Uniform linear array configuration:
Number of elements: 64
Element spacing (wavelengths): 1
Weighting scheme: cosine
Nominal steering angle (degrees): -15
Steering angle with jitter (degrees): -14.045
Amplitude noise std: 0.05
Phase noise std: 0.05

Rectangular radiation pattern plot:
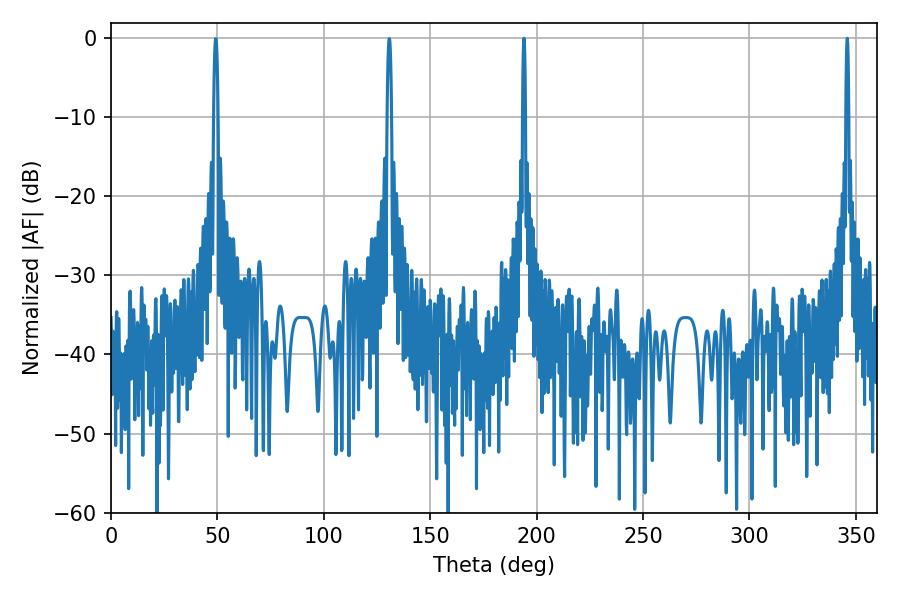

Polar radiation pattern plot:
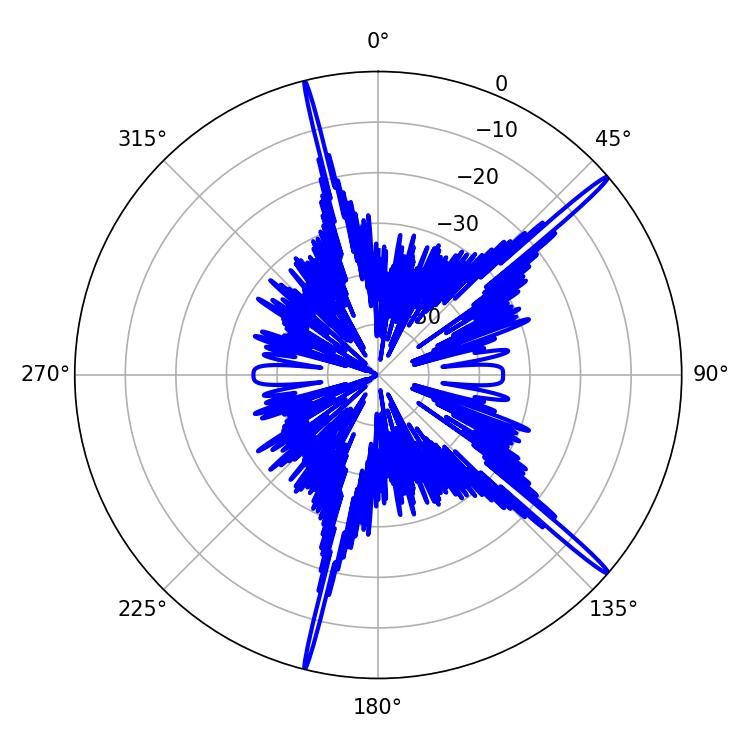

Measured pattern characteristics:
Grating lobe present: TRUE
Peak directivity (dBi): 18.438
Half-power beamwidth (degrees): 0.72
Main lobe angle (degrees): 194.04